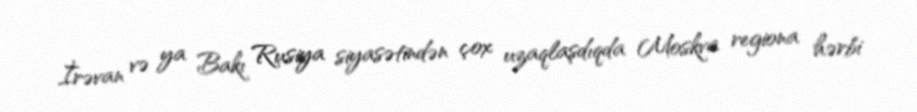
İrəvan və ya Bakı Rusiya siyasətindən çox uzaqlaşdıqda Moskva regiona hərbi